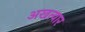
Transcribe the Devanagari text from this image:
अखत्यार